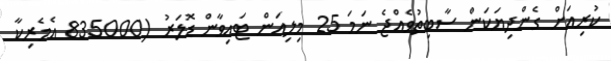
ކުރިއަށް ގެންދިޔަކަން ސާބިތުވެއްޖެ ނަމަ 25 މިލިއަން ޓައިވާން ޑޮލަރު (835000 އެމެރިކާ